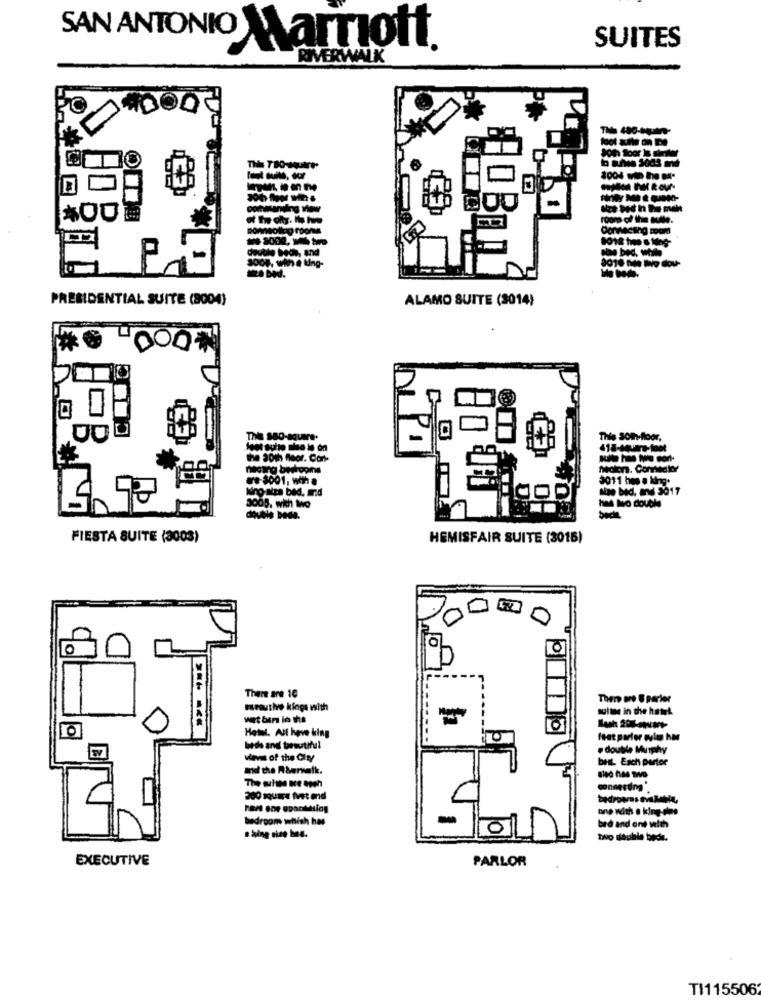
SAN ANTONIO Marriott.
SUITES
RIVERWALK
=
PRESIDENTIAL SUITE (8004)
ALAMO SUITE (3014)
000#
This $80-square.
This SOth floor,
418-square-foot
the 20th floor. Con-
niecing beskoons
thecion. Connecter
3011 hes a king.
Ning-aiza bed, and
Nae bad, and 2017
3005. with two
has two double
dovele bede.
FIESTA SUITE (3003)
HEMISFAIR SUITE (3016)
0
0
D
There are 10
Then we &parter
sultne in the hetek
vet ben lo the
0
Hotel. Alt have king
feat parler wvia his
beds and tomutiful
. double Murphy
waves of the City
bHL. Each partor
md the Rbernalk.
200 mquiE fvet and
bedroom which has
bra and one with
two double bede.
EXECUTIVE
PARLOR
TI115506